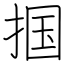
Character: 掴